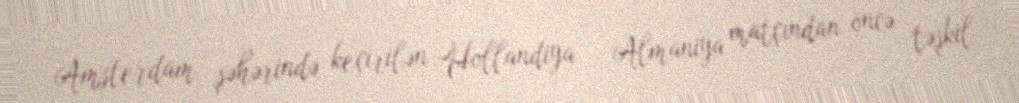
Amsterdam şəhərində keçirilən Hollandiya – Almaniya matçından öncə təşkil